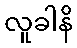
လူခါနိ